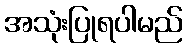
အသုံးပြုရပါမည်